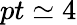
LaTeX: pt\simeq 4